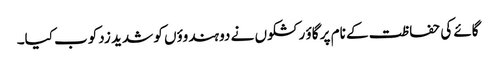
گائے کی حفاظت کے نام پر گاؤ رکشکوں نے دو ہندوؤں کو شدید زدکوب کیا۔